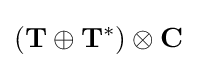
({\mathbf {T} }\oplus {\mathbf {T} }^{*})\otimes \mathbf {C}